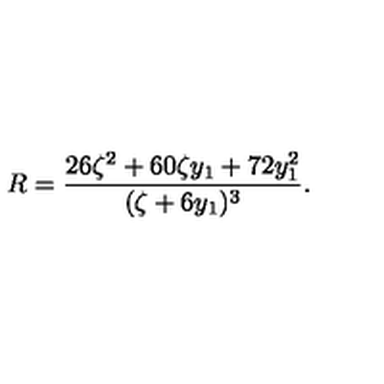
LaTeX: R = \frac { 2 6 \zeta ^ { 2 } + 6 0 \zeta y _ { 1 } + 7 2 y _ { 1 } ^ { 2 } } { ( \zeta + 6 y _ { 1 } ) ^ { 3 } } .